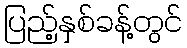
ပြည့်နှစ်ခန့်တွင်